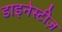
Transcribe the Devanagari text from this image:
डाइनेस्टीज़